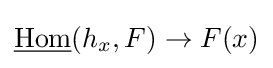
{\underline {\operatorname {Hom} }}(h_{x},F)\to F(x)